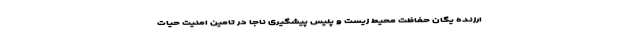
ارزنده یگان حفاظت محیط زیست و پلیس پیشگیری ناجا در تامین امنیت حیات